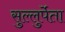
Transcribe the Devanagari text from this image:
सुल्लुर्पेता